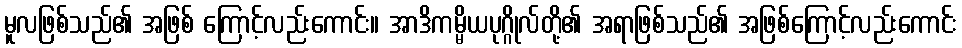
မူလဖြစ်သည်၏ အဖြစ် ကြောင့်လည်းကောင်း။ အာဒိကမ္မိယပုဂ္ဂိုလ်တို့၏ အရာဖြစ်သည်၏ အဖြစ်ကြောင့်လည်းကောင်း